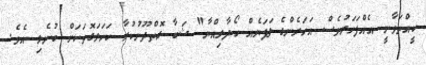
ކީއްތަވާނީ އެއްފަހަރުވެސް އަހަރެންގެ ލަފަޔެއް ހޯދާލިއްޔާ" ޝަބާ ގޮތްދޫނުކުރާ ކަހަލަގޮތަކަށް ބުނެލި އެވެ.